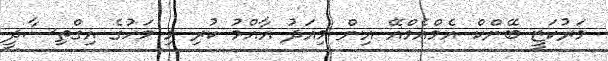
މަރުކަޒީ ބޭންކް އެމްއެމްއޭ އިން މިއަދު އާއްމު ކުރި މި މަހުގެ އިގްތިސާދީ